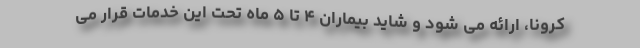
کرونا، ارائه می شود و شاید بیماران ۴ تا ۵ ماه تحت این خدمات قرار می